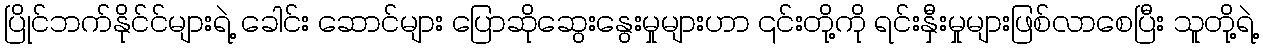
ပြိုင်ဘက်နိုင်င်များရဲ့ ခေါင်း ဆောင်များ ပြောဆိုဆွေးနွေးမှုများဟာ ၎င်းတို့ကို ရင်းနှီးမှုများဖြစ်လာစေပြီး သူတို့ရဲ့